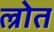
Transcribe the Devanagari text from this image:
ल्रोत